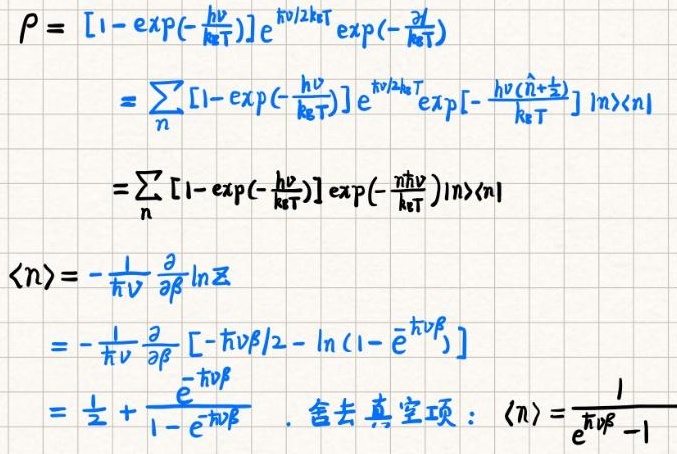
\[
\begin{align*}
\rho&=[1 - \exp(-\frac{h\nu}{k_BT})]e^{h\nu/2k_BT}\exp(-\frac{\partial}{\hbar\nu T})\\
&=\sum_{n}[1 - \exp(-\frac{h\nu}{k_BT})]e^{h\nu/2k_BT}\exp[-\frac{h\nu(\hat{n}+\frac{1}{2})}{k_BT}]|n\rangle\langle n|\\
&=\sum_{n}[1 - \exp(-\frac{h\nu}{k_BT})]\exp(-\frac{n h\nu}{k_BT})|n\rangle\langle n|
\end{align*}
\]

\[
\begin{align*}
\langle n\rangle&=-\frac{1}{\hbar\nu}\frac{\partial}{\partial\beta}\ln Z\\
&=-\frac{1}{\hbar\nu}\frac{\partial}{\partial\beta}[-\hbar\nu\beta/2 - \ln(1 - e^{-\hbar\nu\beta})]\\
&=\frac{1}{2}+\frac{e^{-\hbar\nu\beta}}{1 - e^{-\hbar\nu\beta}},\text{ 舍去真空项 : }\langle n\rangle=\frac{1}{e^{\hbar\nu\beta}-1}
\end{align*}
\]